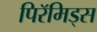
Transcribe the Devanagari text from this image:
पिरॅमिड्स